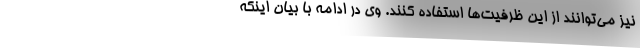
نیز می‌توانند از این ظرفیت‌ها استفاده کنند. وی در ادامه با بیان اینکه